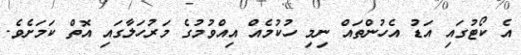
އެ ކޯޓުގައި އަޑު އެހުންތައް ނިމި ހުކުމެއް އިއްވުމުގެ މަރުހަލާގައި އޮތް ކަމަށެވެ.